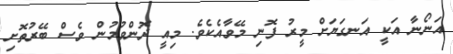
އަނޯނާ އަކީ އަނގަޔަށް މީރު ފޮނި މޭވާއެކެވެ. މިއީ ދޮންވުމުން ވެސް ބޭރުތޮށި